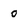
Character: 0